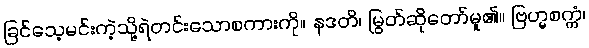
ခြင်သေ့မင်းကဲ့သို့ရဲတင်းသောစကားကို။ နဒတိ၊ မြွတ်ဆိုတော်မူ၏။ ဗြဟ္မစက္ကံ၊